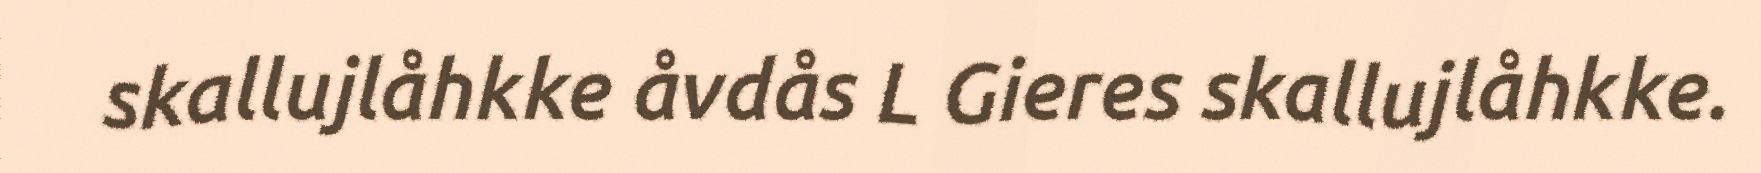
skallujlåhkke åvdås L Gieres skallujlåhkke.